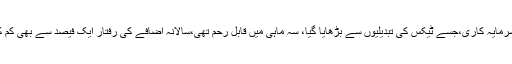
کارپوریٹ سرمایہ کاری،جسے ٹیکس کی تبدیلیوں سے بڑھایا گیا، سہ ماہی میں قابل رحم تھی،سالانہ اضافے کی رفتار ایک فیصد سے بھی کم کا اضافہ ہوا۔